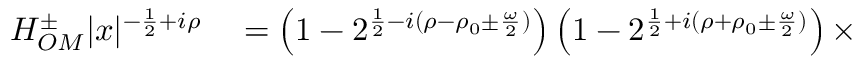
\begin{array} { r l } { H _ { O M } ^ { \pm } | x | ^ { - \frac { 1 } { 2 } + i \rho } } & { { } = \left( 1 - 2 ^ { \frac { 1 } { 2 } - i ( \rho - \rho _ { 0 } \pm \frac { \omega } { 2 } ) } \right) \left( 1 - 2 ^ { \frac { 1 } { 2 } + i ( \rho + \rho _ { 0 } \pm \frac { \omega } { 2 } ) } \right) \times } \end{array}